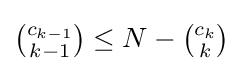
{\tbinom {c_{k-1}}{k-1}}\leq N-{\tbinom {c_{k}}{k}}